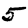
Digit: 5